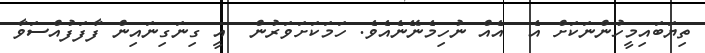
ތިޔަބައިމީހުންނަކަށް އެ  އެއް ނުހިމެނޭނެއެވެ. ހަމަކަށަވަރުން  އީ ގިނަގިނައިން ފާފަފުއްސަވާ